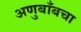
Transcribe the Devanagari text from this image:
अणुबाँबचा